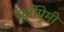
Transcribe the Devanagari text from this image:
मूर्तीप्रेमी